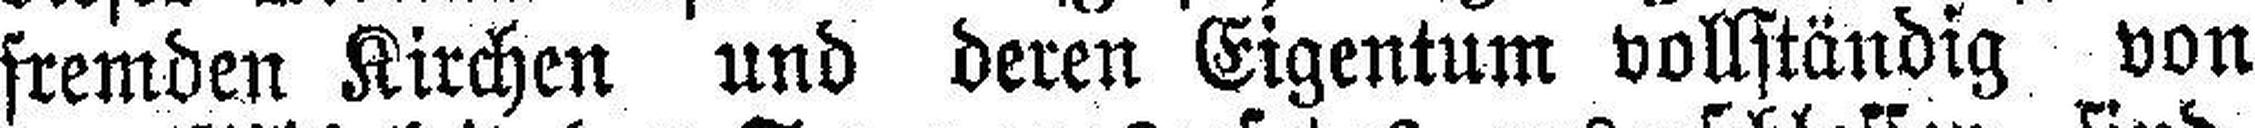
fremden Kirchen und deren Eigentum vollständig von